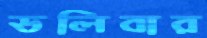
ডলিবার